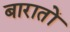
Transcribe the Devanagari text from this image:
बारातों